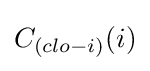
C_{(clo-i)}(i)